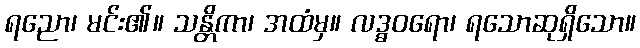
ရညော၊ မင်း၏။ သန္တိကာ၊ အထံမှ။ လဒ္ဓဝရော၊ ရသောဆုရှိသော။